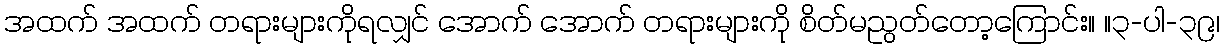
အထက် အထက် တရားများကိုရလျှင် အောက် အောက် တရားများကို စိတ်မညွတ်တော့ကြောင်း။ ။၃-ပါ-၃၉၊